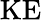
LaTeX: \mathrm{KE}